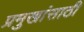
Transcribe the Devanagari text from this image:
प्रमुखांसाठी